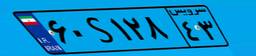
۶۰S۱۲۸۴۳